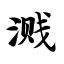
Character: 溅